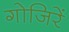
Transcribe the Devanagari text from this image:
गोजिरें